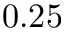
0 . 2 5